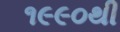
૧૯૯૦થી